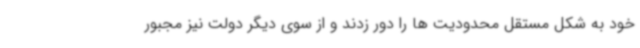
خود به شکل مستقل محدودیت ها را دور زدند و از سوی دیگر دولت نیز مجبور